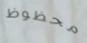
محظوظ